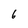
Character: 6